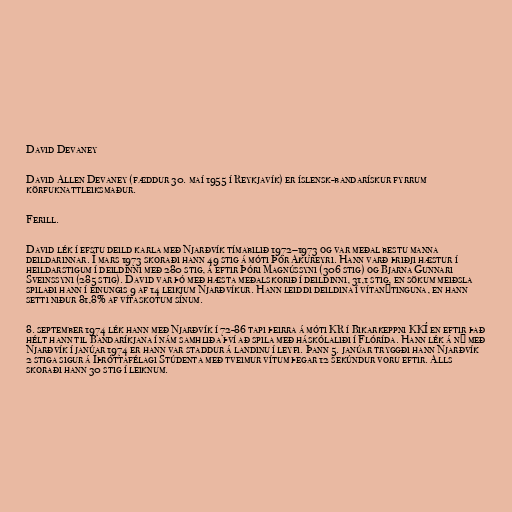
David Devaney

David Allen Devaney (fæddur 30. maí 1955 í Reykjavík) er íslensk-bandarískur fyrrum
körfuknattleiksmaður.

Ferill.

David lék í efstu deild karla með Njarðvík tímabilið 1972–1973 og var meðal bestu manna
deildarinnar. Í mars 1973 skoraði hann 49 stig á móti Þór Akureyri. Hann varð þriðji hæstur í
heildarstigum í deildinni með 280 stig, á eftir Þóri Magnússyni (306 stig) og Bjarna Gunnari
Sveinssyni (285 stig). David var þó með hæsta meðalskorið í deildinni, 31,1 stig, en sökum meiðsla
spilaði hann í einungis 9 af 14 leikjum Njarðvíkur. Hann leiddi deildina í vítanýtinguna, en hann
setti niður 81,8% af vítaskotum sínum.

8. september 1974 lék hann með Njarðvík í 72-86 tapi þeirra á móti KR í Bikarkeppni KKÍ en eftir það
hélt hann til Bandaríkjana í nám samhliða því að spila með háskólaliði í Flórída. Hann lék á ný með
Njarðvík í janúar 1974 er hann var staddur á landinu í leyfi. Þann 5. janúar tryggði hann Njarðvík
2 stiga sigur á Íþróttafélagi Stúdenta með tveimur vítum þegar 12 sekúndur voru eftir. Alls
skoraði hann 30 stig í leiknum.